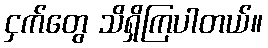
ငှက်တွေ သိရှိကြပါတယ်။